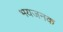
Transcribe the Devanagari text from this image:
भयजनक